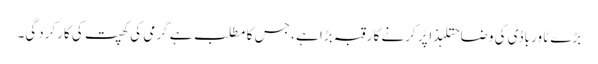
بڑے ٹاور باڈی کی وضاحتلہذا پُر کرنے کا رقبہ بڑا ہے ، جس کا مطلب ہے گرمی کی کھپت کی کارکردگی۔